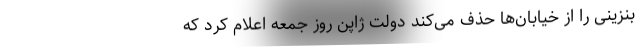
بنزینی را از خیابان‌ها حذف می‌کند دولت ژاپن روز جمعه اعلام کرد که